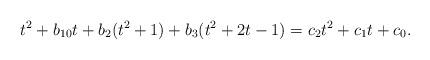
LaTeX: \begin{align*} t^2 + b_{10} t + b_2 (t^2+1) + b_3 (t^2+2t-1) = c_2 t^2 + c_1 t + c_0. \end{align*}